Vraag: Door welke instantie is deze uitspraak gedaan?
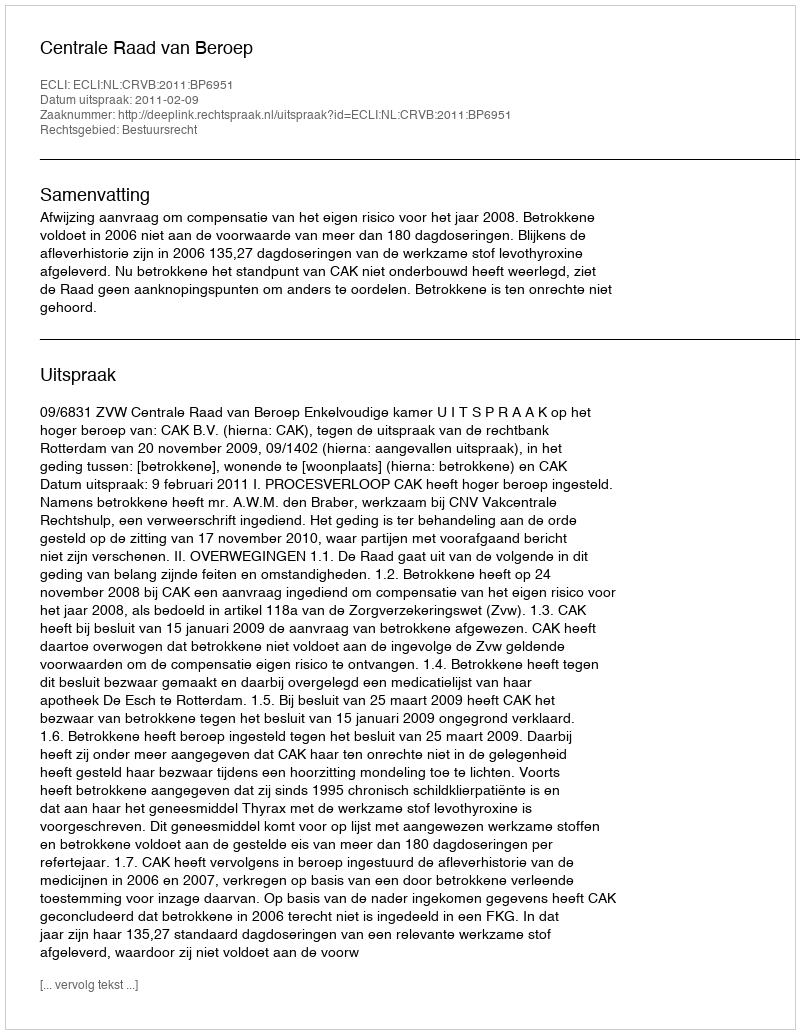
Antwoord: Centrale Raad van Beroep